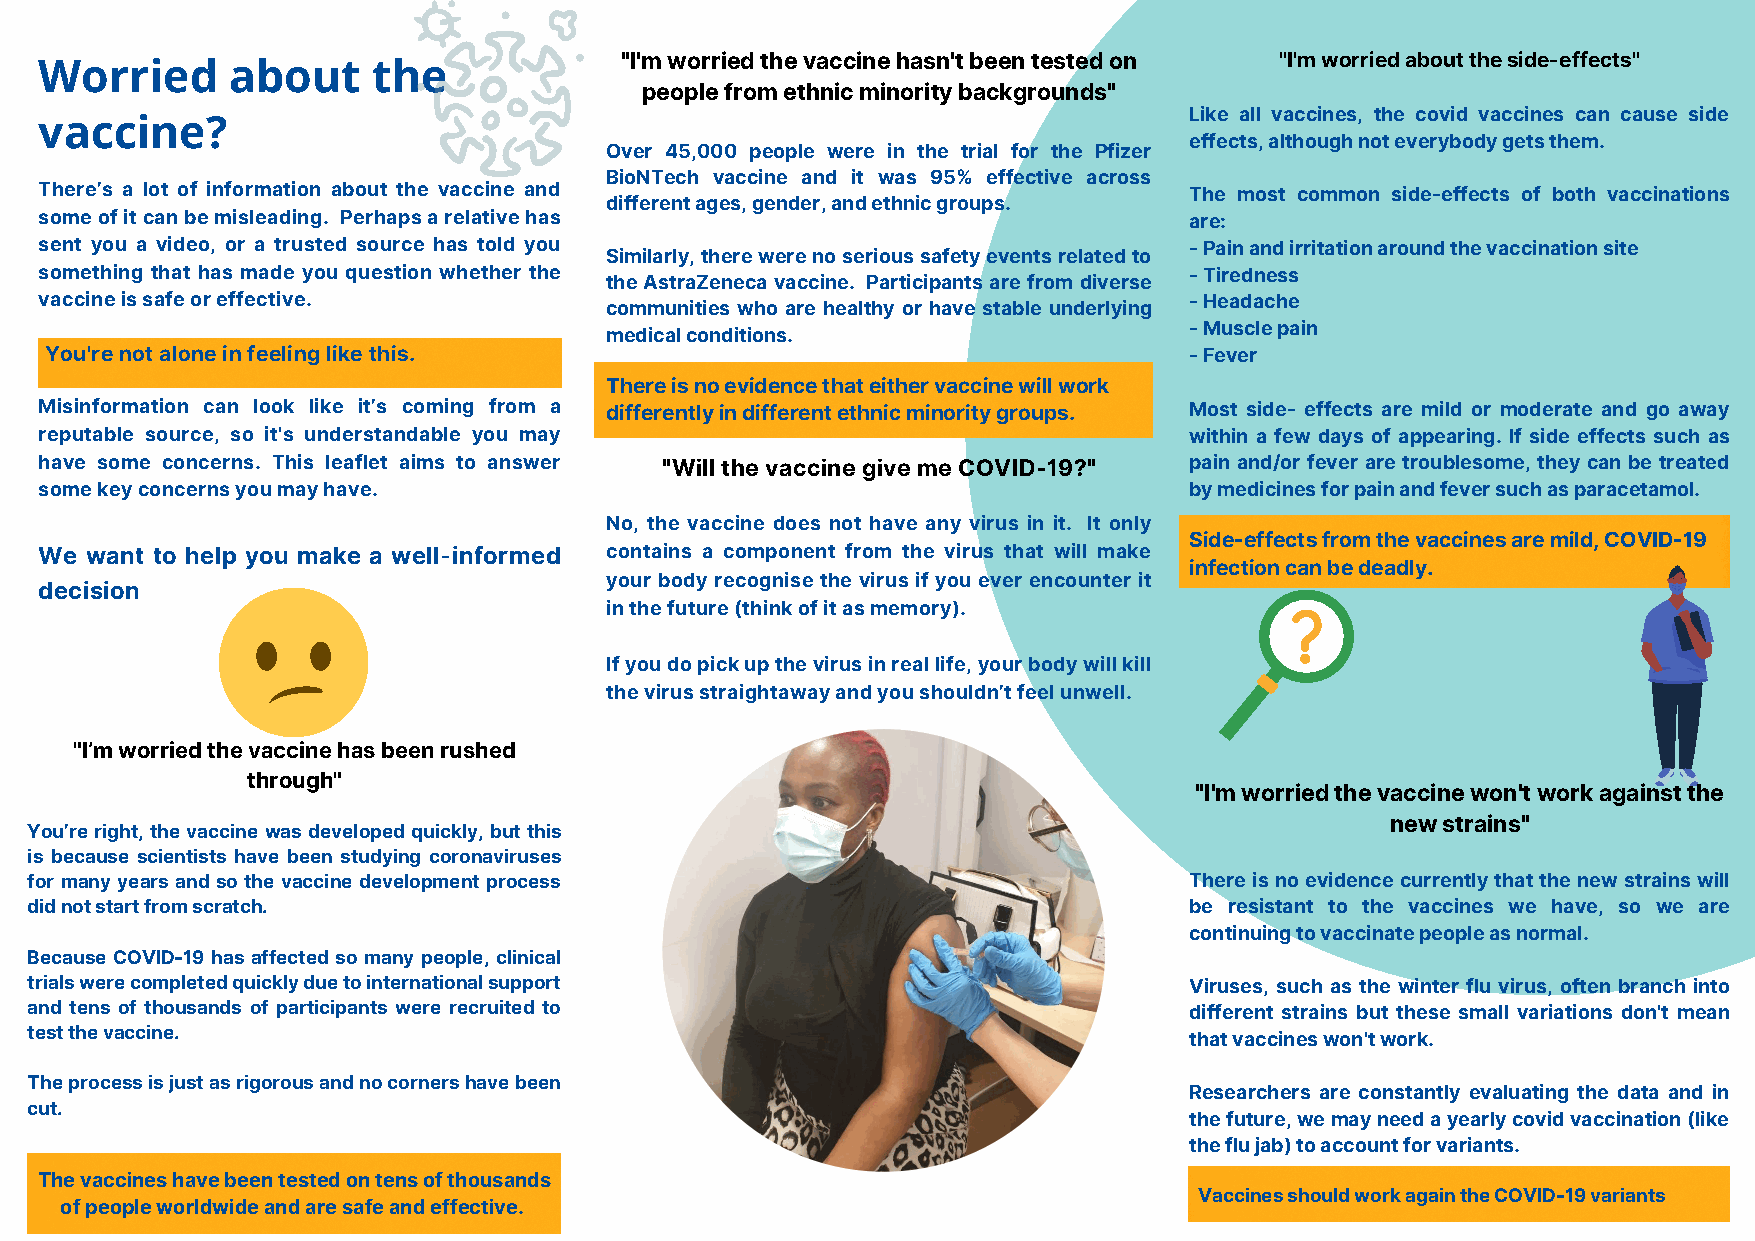
"I'm worried the vaccine hasn't been tested on "I'm worried about the side-effects"
 Worried     about     the
 people from ethnic minority backgrounds"
 Like all vaccines, the covid vaccines can cause side
 vaccine?
 effects, although not everybody gets them.
 Over 45,000 people were in the trial for the Pfizer
 BioNTech vaccine and it was 95% effective across
 There’s a lot of information about the vaccine and                          The most common side-effects of both vaccinations
 different ages, gender, and ethnic groups.
 some of it can be misleading. Perhaps a relative has                        are:
 sent you a video, or a trusted source has told you                          - Pain and irritation around the vaccination site
 Similarly, there were no serious safety events related to
 something that has made you question whether the                            - Tiredness
 the AstraZeneca vaccine. Participants are from diverse
 vaccine is safe or effective.                                               - Headache
 communities who are healthy or have stable underlying
 - Muscle pain
 medical conditions.
 You're not alone in feeling like this.                                      - Fever
 There is no evidence that either vaccine will work
 Misinformation can look like it’s coming from a differently in different ethnic minority groups. Most side- effects are mild or moderate and go away
 reputable source, so it's understandable you may                            within a few days of appearing. If side effects such as
 have some concerns. This leaflet aims to answer "Will the vaccine give me COVID-19?" pain and/or fever are troublesome, they can be treated
 some key concerns you may have.                                             by medicines for pain and fever such as paracetamol.
 No, the vaccine does not have any virus in it. It only
 Side-effects from the vaccines are mild, COVID-19
 We want to help you make a well-informed contains a component from the virus that will make
 infection can be deadly.
 your body recognise the virus if you ever encounter it
 decision
 in the future (think of it as memory).
 If you do pick up the virus in real life, your body will kill
 the virus straightaway and you shouldn’t feel unwell.
 "I’m worried the vaccine has been rushed
 through"
 "I'm worried the vaccine won't work against the
 new strains"
 You’re right, the vaccine was developed quickly, but this
 is because scientists have been studying coronaviruses
 for many years and so the vaccine development process                        There is no evidence currently that the new strains will
 did not start from scratch.                                                  be resistant to the vaccines we have, so we are
 continuing to vaccinate people as normal.
 Because COVID-19 has affected so many people, clinical
 trials were completed quickly due to international support                   Viruses, such as the winter flu virus, often branch into
 and tens of thousands of participants were recruited to                      different strains but these small variations don't mean
 test the vaccine.                                                            that vaccines won't work.
 The process is just as rigorous and no corners have been
 Researchers are constantly evaluating the data and in
 cut.
 the future, we may need a yearly covid vaccination (like
 the flu jab) to account for variants.
 The vaccines have been tested on tens of thousands
 Vaccines should work again the COVID-19 variants
 of people worldwide and are safe and effective.